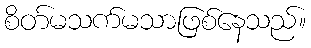
စိတ်မသက်မသာဖြစ်နေသည်။